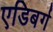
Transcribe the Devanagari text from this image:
एडिबर्ग